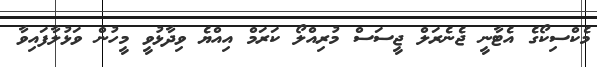
މެކްސިކޯގެ އެޓާނީ ޖެނެރަލް ޖީސަސް މުރިއްލޯ ކަރަމް އިއްޔެ ވިދާޅުވީ މީހުން ވަޅުލާފައިވާ